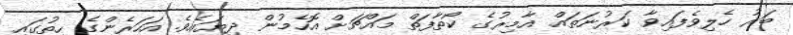
ބަރު ހެލިވެފައިވާ ކަރުނަތައް އާމިރުގެ ކޯތާފަތް މައްޗަށް އޮހެމުން ދިޔައެވެ. އަހަރެންގެ ހިތުގައި